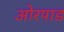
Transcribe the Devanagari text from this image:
ओरपाड